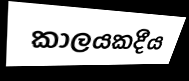
කාලයකදීය